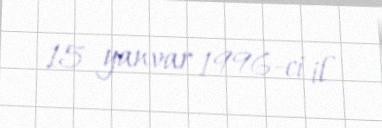
15 yanvar 1996-ci il